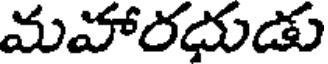
మహారదుడు